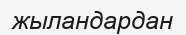
жыландардан